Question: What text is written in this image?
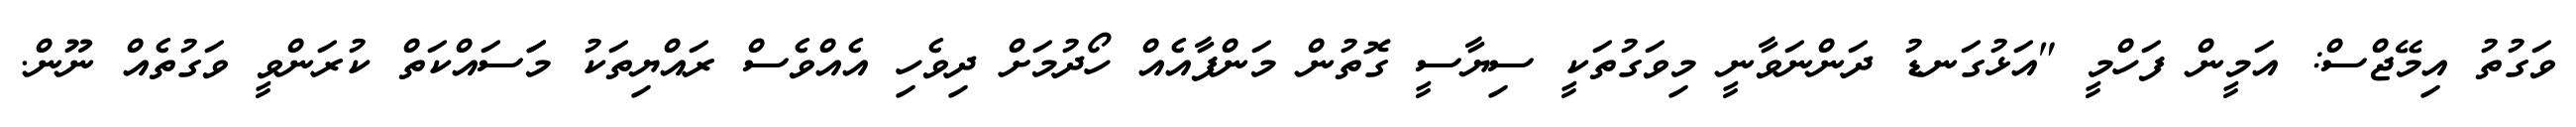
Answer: ވަގުތު އިމޭޖްސް: އަމީން ފަހްމީ "އަޅުގަނޑު ދަންނަވާނީ މިވަގުތަކީ ސިޔާސީ ގޮތުން މަންފާއެއް ހޯދުމަށް ދިވެހި އެއްވެސް ރައްޔިތަކު މަަސައްކަތް ކުރަންވީ ވަގުތެއް ނޫން.